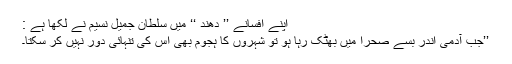
اپنے افسانے ’’ دھند ‘‘ میں سلطان جمیل نسیم نے لکھا ہے :
’’جب آدمی اندر بسے صحرا میں بھٹک رہا ہو تو شہروں کا ہجوم بھی اس کی تنہائی دور نہیں کر سکتا۔